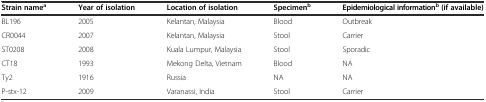
<table><thead><tr><td><b>Strain name<sup>a</sup></b></td><td><b>Year of isolation</b></td><td><b>Location of isolation</b></td><td><b>Specimen<sup>b</sup></b></td><td><b>Epidemiological information<sup>b</sup> (if available)</b></td></tr></thead><tbody><tr><td>BL196</td><td>2005</td><td>Kelantan, Malaysia</td><td>Blood</td><td>Outbreak</td></tr><tr><td>CR0044</td><td>2007</td><td>Kelantan, Malaysia</td><td>Stool</td><td>Carrier</td></tr><tr><td>ST0208</td><td>2008</td><td>Kuala Lumpur, Malaysia</td><td>Stool</td><td>Sporadic</td></tr><tr><td>CT18</td><td>1993</td><td>Mekong Delta, Vietnam</td><td>Blood</td><td>NA</td></tr><tr><td>Ty2</td><td>1916</td><td>Russia</td><td>NA</td><td>NA</td></tr><tr><td>P-stx-12</td><td>2009</td><td>Varanassi, India</td><td>Stool</td><td>Carrier</td></tr></tbody></table>